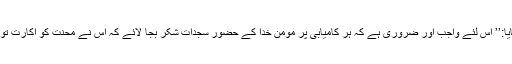
…… پھر فرمایا:’’ اس لئے واجب اور ضروری ہے کہ ہر کامیابی پر مومن خدا کے حضور سجدات شکر بجا لائے کہ اس نے محنت کو اکارت تو نہیں جانے دیا۔